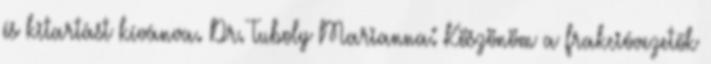
és kitartást kívánva. Dr. Tuboly Marianna: Köszönöm a frakcióvezetők